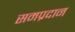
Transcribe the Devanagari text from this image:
समप्रदान